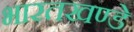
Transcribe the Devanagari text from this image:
भारतखण्डे